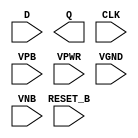
module sky130_fd_sc_ls__dfrtp (
    //# {{data|Data Signals}}
    input  D      ,
    output Q      ,

    //# {{control|Control Signals}}
    input  RESET_B,

    //# {{clocks|Clocking}}
    input  CLK    ,

    //# {{power|Power}}
    input  VPB    ,
    input  VPWR   ,
    input  VGND   ,
    input  VNB
);
endmodule